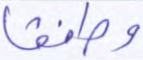
وطفقا